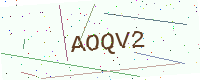
Text: AOQV2